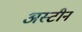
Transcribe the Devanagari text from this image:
अस्टीन